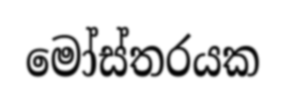
මෝස්තරයක